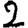
Digit: 2